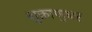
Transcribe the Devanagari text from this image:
शुक्राणुधर